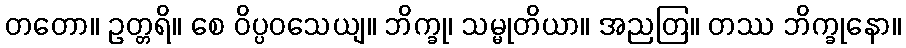
တတော။ ဥတ္တရိ။ စေ ဝိပ္ပဝသေယျ။ ဘိက္ခု၊ သမ္မုတိယာ။ အညတြ။ တဿ ဘိက္ခုနော။